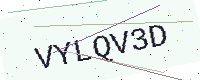
Text: VYLQV3D